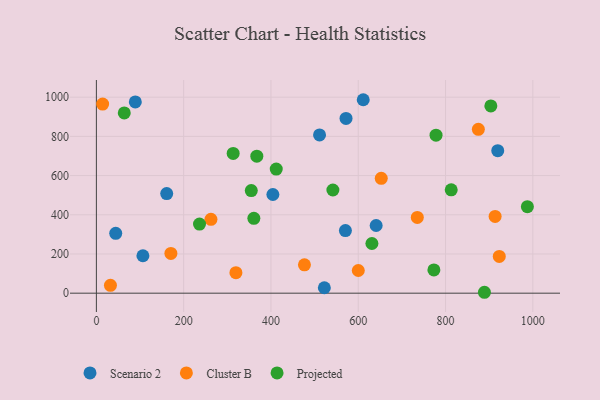
{"axis": {"x": "Ad Spend", "y": "Sales"}, "legend": ["Cluster B", "Projected", "Scenario 2"], "data": [{"x": "89.2", "y": 976.0, "type": "Scenario 2"}, {"x": "404.4", "y": 503.5, "type": "Scenario 2"}, {"x": "44.3", "y": 305.5, "type": "Scenario 2"}, {"x": "522.3", "y": 27.7, "type": "Scenario 2"}, {"x": "106.6", "y": 190.9, "type": "Scenario 2"}, {"x": "511.3", "y": 807.5, "type": "Scenario 2"}, {"x": "570.6", "y": 319.2, "type": "Scenario 2"}, {"x": "572.0", "y": 891.7, "type": "Scenario 2"}, {"x": "919.6", "y": 726.8, "type": "Scenario 2"}, {"x": "641.0", "y": 345.4, "type": "Scenario 2"}, {"x": "161.1", "y": 508.2, "type": "Scenario 2"}, {"x": "611.4", "y": 987.0, "type": "Scenario 2"}, {"x": "735.3", "y": 386.5, "type": "Cluster B"}, {"x": "600.1", "y": 115.8, "type": "Cluster B"}, {"x": "14.3", "y": 964.8, "type": "Cluster B"}, {"x": "913.6", "y": 391.6, "type": "Cluster B"}, {"x": "32.2", "y": 40.2, "type": "Cluster B"}, {"x": "262.5", "y": 377.0, "type": "Cluster B"}, {"x": "875.2", "y": 836.0, "type": "Cluster B"}, {"x": "476.7", "y": 144.5, "type": "Cluster B"}, {"x": "170.7", "y": 202.6, "type": "Cluster B"}, {"x": "923.1", "y": 187.7, "type": "Cluster B"}, {"x": "319.7", "y": 104.5, "type": "Cluster B"}, {"x": "652.7", "y": 586.0, "type": "Cluster B"}, {"x": "631.3", "y": 253.4, "type": "Projected"}, {"x": "541.9", "y": 526.5, "type": "Projected"}, {"x": "313.4", "y": 713.1, "type": "Projected"}, {"x": "773.3", "y": 118.5, "type": "Projected"}, {"x": "778.2", "y": 806.2, "type": "Projected"}, {"x": "889.1", "y": 4.6, "type": "Projected"}, {"x": "987.5", "y": 441.1, "type": "Projected"}, {"x": "813.0", "y": 527.2, "type": "Projected"}, {"x": "360.8", "y": 382.1, "type": "Projected"}, {"x": "236.3", "y": 352.5, "type": "Projected"}, {"x": "367.6", "y": 698.8, "type": "Projected"}, {"x": "903.8", "y": 955.2, "type": "Projected"}, {"x": "63.9", "y": 919.4, "type": "Projected"}, {"x": "412.1", "y": 633.3, "type": "Projected"}, {"x": "354.9", "y": 523.4, "type": "Projected"}]}